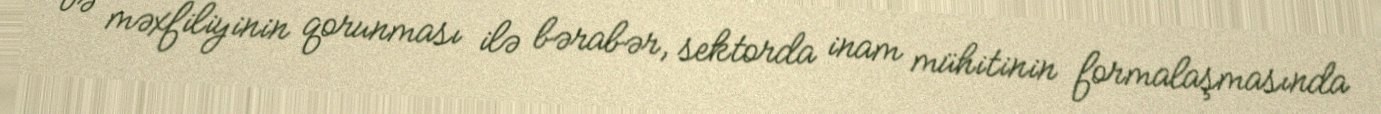
və məxfiliyinin qorunması ilə bərabər, sektorda inam mühitinin formalaşmasında